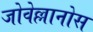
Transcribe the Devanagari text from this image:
जोवेल्लानोस